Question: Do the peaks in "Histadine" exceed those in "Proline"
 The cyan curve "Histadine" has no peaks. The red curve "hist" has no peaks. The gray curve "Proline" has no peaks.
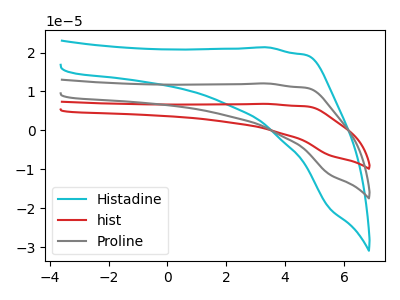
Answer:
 <answer>Niether CV has any peaks.</answer>
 <eval>blanks</eval>